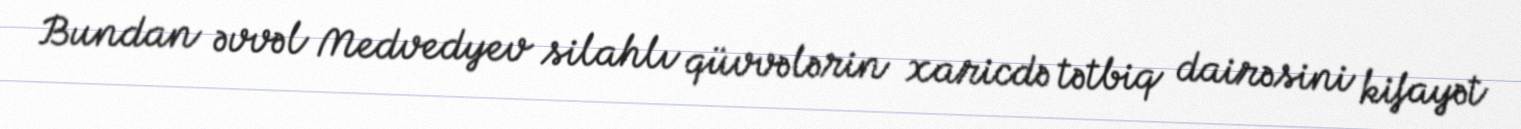
Bundan əvvəl Medvedyev silahlı qüvvələrin xaricdə tətbiq dairəsini kifayət